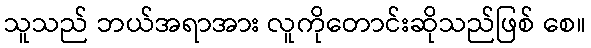
သူသည် ဘယ်အရာအား လူကိုတောင်းဆိုသည်ဖြစ် စေ။